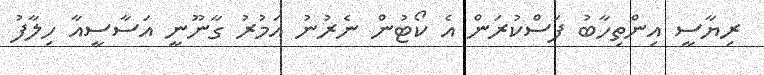
ރިޔާސީ އިންތިހާބު ފަސްކުރަން އެ ކޯޓުން ނެރުނު އަމުރު ގާނޫނީ އަސާސީއާ ހިލާފު